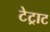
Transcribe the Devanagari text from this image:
टेट्राट